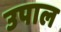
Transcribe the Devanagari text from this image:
उपाल